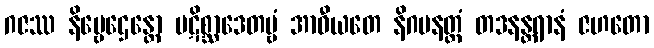
ဂဇဿ နိဗ္ဗေဌေန္တော ပဋိစ္ဆာဒေတဗ္ဗံ အာဓီယတေ နိဂမနတ္ထံ တဒနန္တရာနံ ဇဟတော